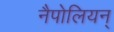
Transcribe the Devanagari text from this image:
नैपोलियन्